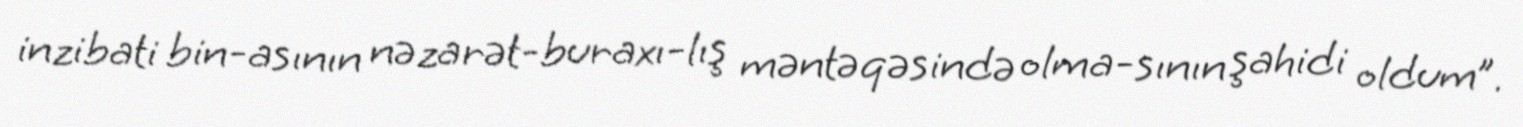
inzibati bin­asının nəzarət-buraxı­lış məntəqəsində olma­sının şahidi oldum”.